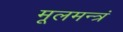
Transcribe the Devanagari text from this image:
मूलमन्त्रं